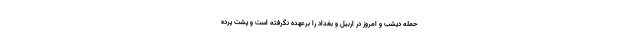
حمله دیشب و امروز در اربیل و بغداد را برعهده نگرفته است و پشت پرده